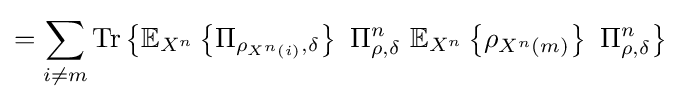
=\sum _{i\neq m}{\text{Tr}}\left\{\mathbb {E} _{X^{n}}\left\{\Pi _{\rho _{X^{n}\left(i\right)},\delta }\right\}\ \Pi _{\rho ,\delta }^{n}\ \mathbb {E} _{X^{n}}\left\{\rho _{X^{n}\left(m\right)}\right\}\ \Pi _{\rho ,\delta }^{n}\right\}